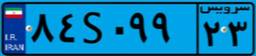
۸۴S۰۹۹۲۳